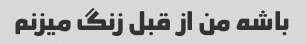
باشه من از قبل زنگ میزنم